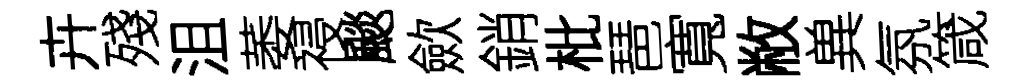
卉殘沮萎祲颷歛銷枇琶寬敝兾氛箴